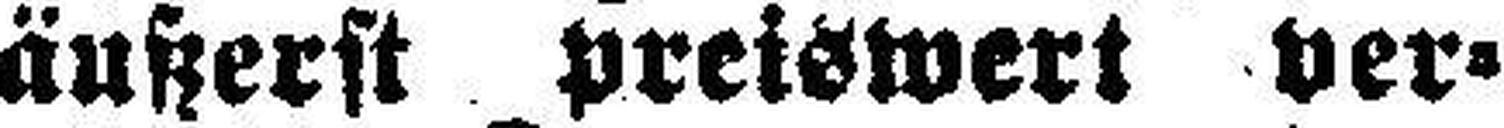
äußerst preiswert ver¬